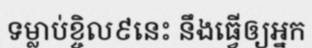
ទម្លាប់ខ្ចិល៩នេះ នឹងធ្វើឲ្យអ្នក